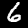
Digit: 6